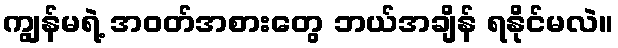
ကျွန်မရဲ့ အဝတ်အစားတွေ ဘယ်အချိန် ရနိုင်မလဲ။